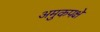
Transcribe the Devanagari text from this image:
अमुकपक्षे